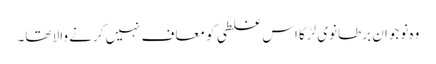
وہ نوجوان برطانوی لڑکا اس غلطی کو معاف نہیں کرنے والا تھا۔